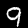
Digit: 9